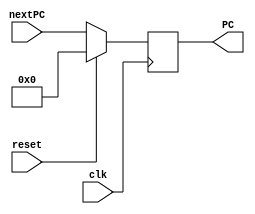
module regPC (
	input wire  [15:0] nextPC,
	output wire [15:0] PC,
	input wire  clk, reset
);

reg [15:0] aux;
assign PC = aux;

always @ (negedge clk) begin
	if (reset) aux = 16'b0;
	else begin
		aux = nextPC;
	end
end

endmodule